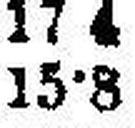
15·8